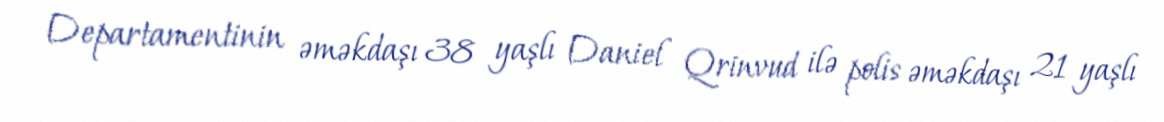
Departamentinin əməkdaşı 38 yaşlı Daniel Qrinvud ilə polis əməkdaşı 21 yaşlı